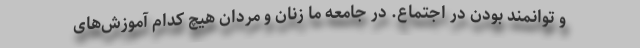
و توانمند بودن در اجتماع. در جامعه ما زنان و مردان هیچ کدام آموزش‌های